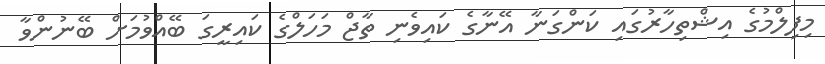
މިފިލްމުގެ އިޝްތިހާރުގައި ކަންގަނާ އޭނާގެ ކައިވެނި ތާޖް މަހަލްގެ ކައިރީގަ ބޭއްވުމަށް ބޭނުންވާ